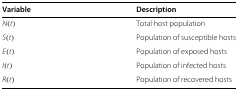
<table><thead><tr><td><b>Variable</b></td><td><b>Description</b></td></tr></thead><tbody><tr><td><i>N</i>(<i>t</i>)</td><td>Total host population</td></tr><tr><td><i>S</i>(<i>t</i>)</td><td>Population of susceptible hosts</td></tr><tr><td><i>E</i>(<i>t</i>)</td><td>Population of exposed hosts</td></tr><tr><td><i>I</i>(<i>t</i>)</td><td>Population of infected hosts</td></tr><tr><td><i>R</i>(<i>t</i>)</td><td>Population of recovered hosts</td></tr></tbody></table>